Indian journal of veterinary science and animal husbandry - Volume 13,
Year: 1943
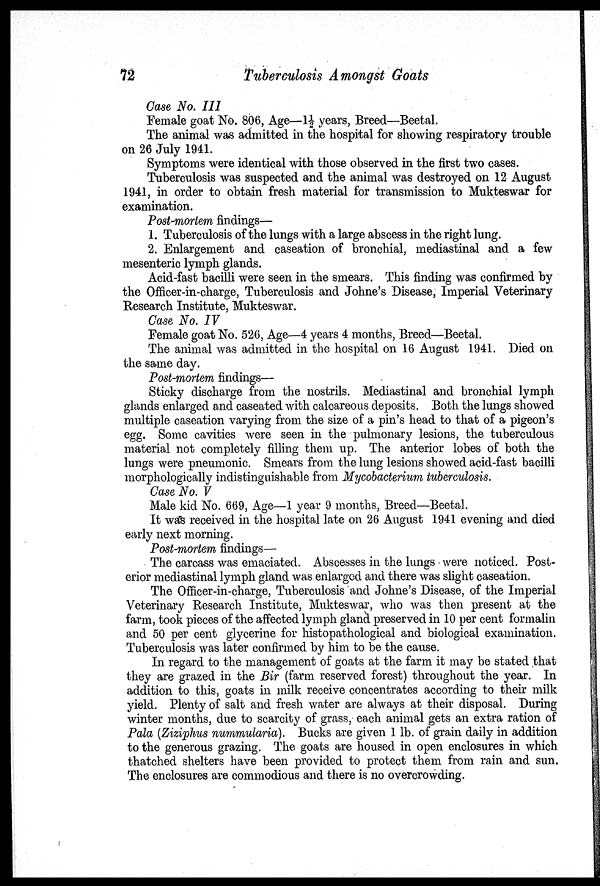
72
Tuberculosis Amongst Goats
Case No. III
Female goat No. 806, Age—1½ years, Breed—Beetal.
The animal was admitted in the hospital for showing respiratory trouble
on 26 July 1941.
Symptoms were identical with those observed in the first two cases.
Tuberculosis was suspected and the animal was destroyed on 12 August
1941, in order to obtain fresh material for transmission to Mukteswar for
examination.
Post-mortem findings—
1. Tuberculosis of the lungs with a large abscess in the right lung.
2. Enlargement and caseation of bronchial, mediastinal and a few
mesenteric lymph glands.
Acid-fast bacilli were seen in the smears. This finding was confirmed by
the Officer-in-charge, Tuberculosis and Johne's Disease, Imperial Veterinary
Research Institute, Mukteswar.
Case No. IV
Female goat No. 526, Age—4 years 4 months, Breed—Beetal.
The animal was admitted in the hospital on 16 August 1941. Died on
the same day.
Post-mortem findings—
Sticky discharge from the nostrils. Mediastinal and bronchial lymph
glands enlarged and caseated with calcareous deposits. Both the lungs showed
multiple caseation varying from the size of a pin's head to that of a pigeon's
egg. Some cavities were seen in the pulmonary lesions, the tuberculous
material not completely filling them up. The anterior lobes of both the
lungs were pneumonic. Smears from the lung lesions showed acid-fast bacilli
morphologically indistinguishable from Mycobacterium tuberculosis.
Case No. V
Male kid No. 669, Age—1 year 9 months, Breed—Beetal.
It was received in the hospital late on 26 August 1941 evening and died
early next morning.
Post-mortem findings—
The carcass was emaciated. Abscesses in the lungs were noticed. Post-
erior mediastinal lymph gland was enlarged and there was slight caseation.
The Officer-in-charge, Tuberculosis and Johne's Disease, of the Imperial
Veterinary Research Institute, Mukteswar, who was then present at the
farm, took pieces of the affected lymph gland preserved in 10 per cent formalin
and 50 per cent glycerine for histopathological and biological examination.
Tuberculosis was later confirmed by him to be the cause.
In regard to the management of goats at the farm it may be stated that
they are grazed in the Bir (farm reserved forest) throughout the year. In
addition to this, goats in milk receive concentrates according to their milk
yield. Plenty of salt and fresh water are always at their disposal. During
winter months, due to scarcity of grass, each animal gets an extra ration of
Pala (Ziziphus nummularia). Bucks are given 1 lb. of grain daily in addition
to the generous grazing. The goats are housed in open enclosures in which
thatched shelters have been provided to protect them from rain and sun.
The enclosures are commodious and there is no overcrowding.